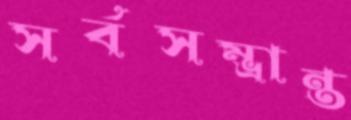
সর্বসম্ভ্রান্ত